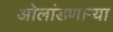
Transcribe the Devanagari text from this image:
ओलांडणाऱ्या